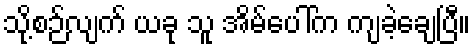
သို့စဉ်လျက် ယခု သူ အိမ်ပေါ်က ကျခဲ့ချေပြီ။